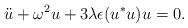
LaTeX: \begin{align*}\ddot{u} + \omega^2 u + 3 \lambda \epsilon (u^* u) u = 0.\end{align*}